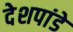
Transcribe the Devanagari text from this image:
देेशपांडे